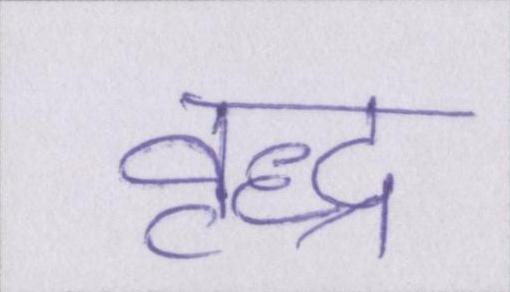
वृद्ध